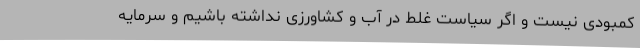
کمبودی نیست و اگر سیاست غلط در آب و کشاورزی نداشته باشیم و سرمایه